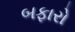
બફારો